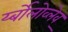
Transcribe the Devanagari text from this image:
र्य्बोलोव्लेव्